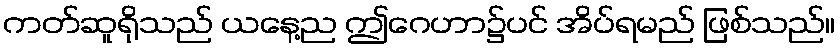
ကတ်ဆူရိုသည် ယနေ့ည ဤဂေဟာ၌ပင် အိပ်ရမည် ဖြစ်သည်။